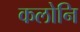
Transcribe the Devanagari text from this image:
कलोनि